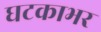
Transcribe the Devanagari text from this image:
घटकाभर